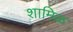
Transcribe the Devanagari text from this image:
शामिळ